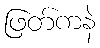
ဖြတ်ကနဲ